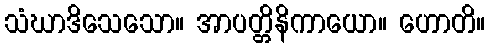
သံဃာဒိသေသော။ အာပတ္တိနိကာယော။ ဟောတိ။